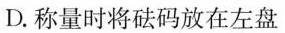
D.称量时将砝码放在左盘